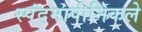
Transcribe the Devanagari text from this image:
स्पंदमापीनिकले